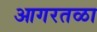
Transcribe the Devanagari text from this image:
आगरतळा